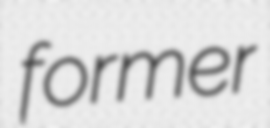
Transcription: former